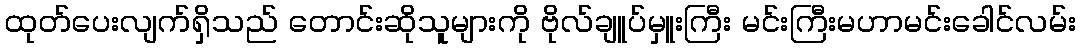
ထုတ်ပေးလျက်ရှိသည် တောင်းဆိုသူများကို ဗိုလ်ချူပ်မှူးကြီး မင်းကြီးမဟာမင်းခေါင်လမ်း